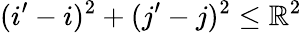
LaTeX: (i^{\prime}-i)^{2}+(j^{\prime}-j)^{2}\leq\mathbb{R}^{2}